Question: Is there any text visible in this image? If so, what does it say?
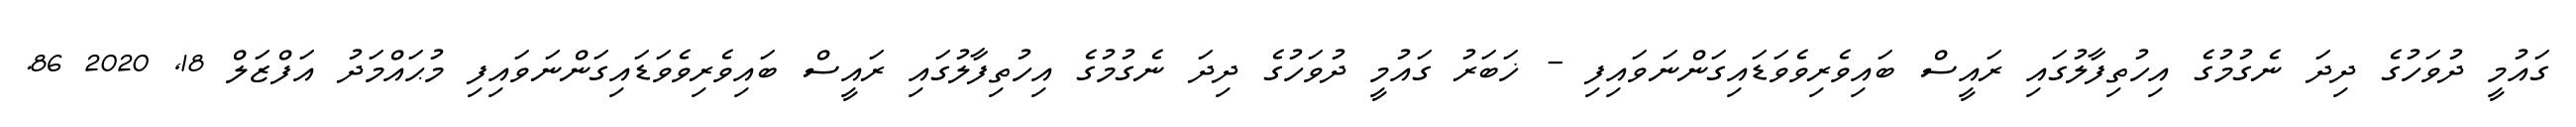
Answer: ގައުމީ ދުވަހުގެ ދިދަ ނެގުމުގެ އިހުތިފާލުގައި ރައީސް ބައިވެރިވެވަޑައިގަންނަވައިފި - ޚަބަރު ގައުމީ ދުވަހުގެ ދިދަ ނެގުމުގެ އިހުތިފާލުގައި ރައީސް ބައިވެރިވެވަޑައިގަންނަވައިފި މުޙައްމަދު އަފްޒަލް 18, 2020 86.